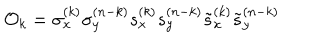
LaTeX: { \cal O } _ { k } = \sigma _ { x } ^ { ( k ) } \sigma _ { y } ^ { ( n - k ) } s _ { x } ^ { ( k ) } s _ { y } ^ { ( n - k ) } \tilde { s } _ { x } ^ { ( k ) } \tilde { s } _ { y } ^ { ( n - k ) }